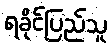
ရခိုင်ပြည်သူ